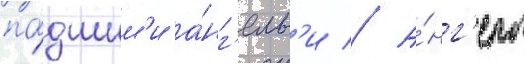
па́дшим'и а́нг'елам'и // А́нг'елы